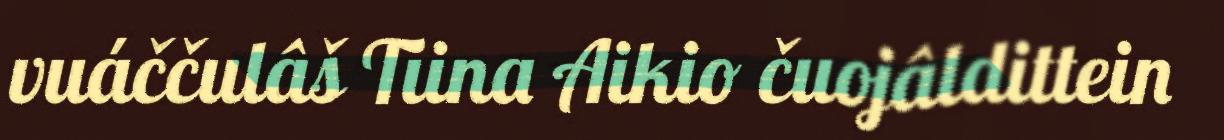
vuáččulâš Tiina Aikio čuojâldittein